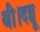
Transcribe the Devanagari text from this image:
थी।दब्बू